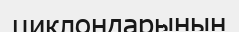
циклондарының